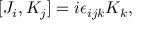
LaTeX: [ J _ { i } , K _ { j } ] = i \epsilon _ { i j k } K _ { k } ,